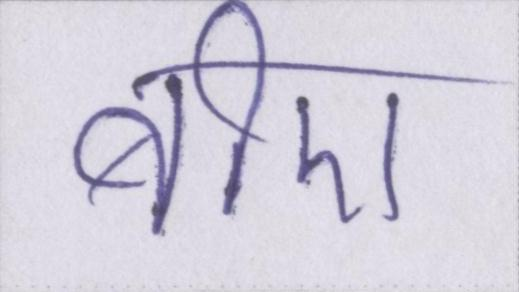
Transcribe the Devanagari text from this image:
बीए